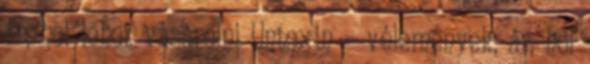
ár, hol lehet vásárolni Untoxin – vélemények, ár, hol